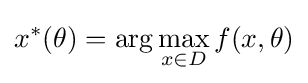
x^{*}(\theta )=\arg \max _{x\in D}f(x,\theta )